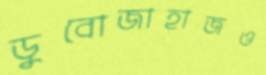
ডুবোজাহাজও